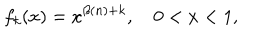
f _ { k } ( x ) = x ^ { \beta ( n ) + k } , \quad 0 < x < 1 ,